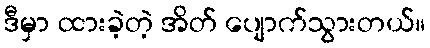
ဒီမှာ ထားခဲ့တဲ့ အိတ် ပျောက်သွားတယ်။